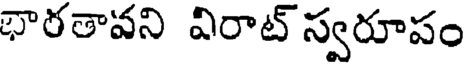
భారతావని విరాట్ స్వరూపం